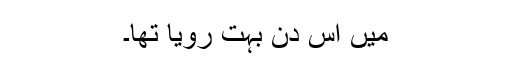
میں اس دن بہت رویا تھا۔